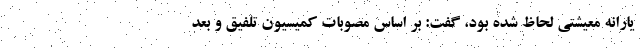
یارانه معیشتی لحاظ شده بود، گفت: بر اساس مصوبات کمیسیون تلفیق و بعد